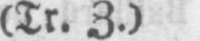
(Tr. Z.)